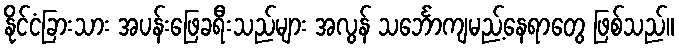
နိုင်ငံခြားသား အပန်းဖြေခရီးသည်များ အလွန် သင်္ဘောကျမည့်နေရာတွေ ဖြစ်သည်။